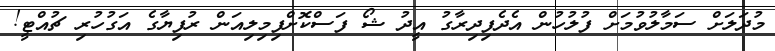
މުދަލަށް ސަމާލުވުމަށް ފުލުހުން އެދެފިދިރާގު އީދު ޝޯ ފަސްކޮށްފިމިލިއަން ރުފިޔާގެ އަގުހުރި ޗުއްޓީ!